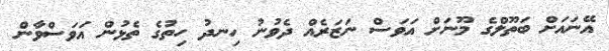
އޭނައަށް ބަތޫލްގެ މޫނަށް އަވަސް ނަޒަރެއް ދެވުނު ހިނދު ހިތުގެ ތެޅުން އަވަސްވާން